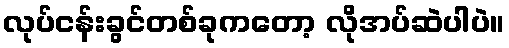
လုပ်ငန်းခွင်တစ်ခုကတော့ လိုအပ်ဆဲပါပဲ။